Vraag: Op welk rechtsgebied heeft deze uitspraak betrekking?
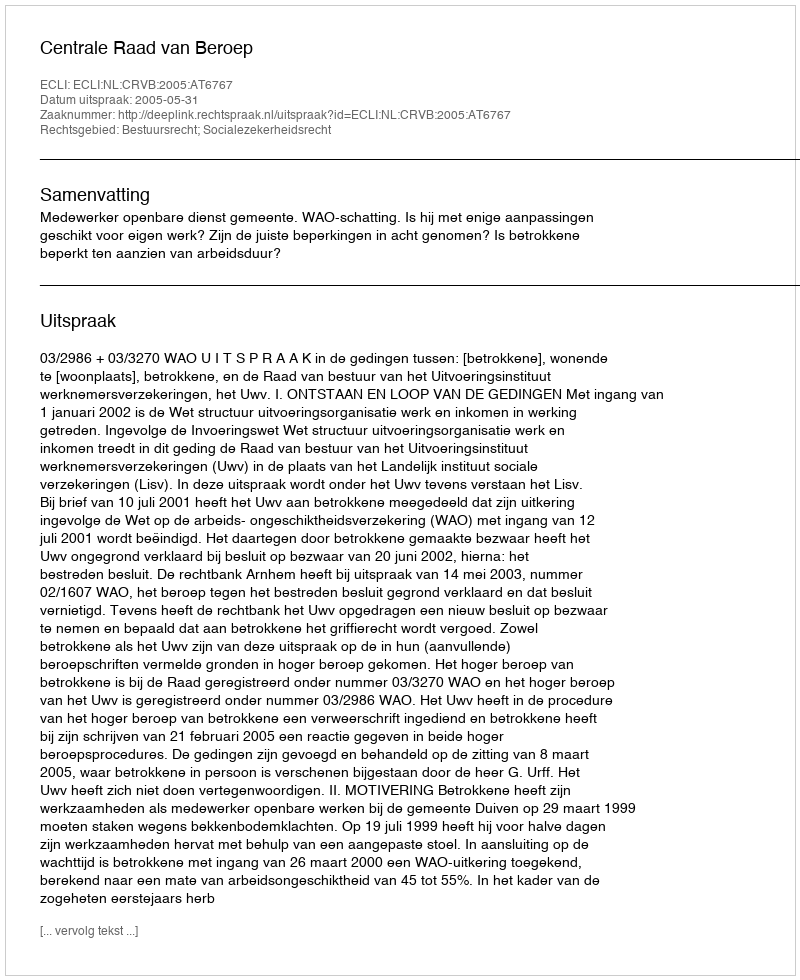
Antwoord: Bestuursrecht; Socialezekerheidsrecht